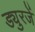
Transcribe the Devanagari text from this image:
ड्युरजें